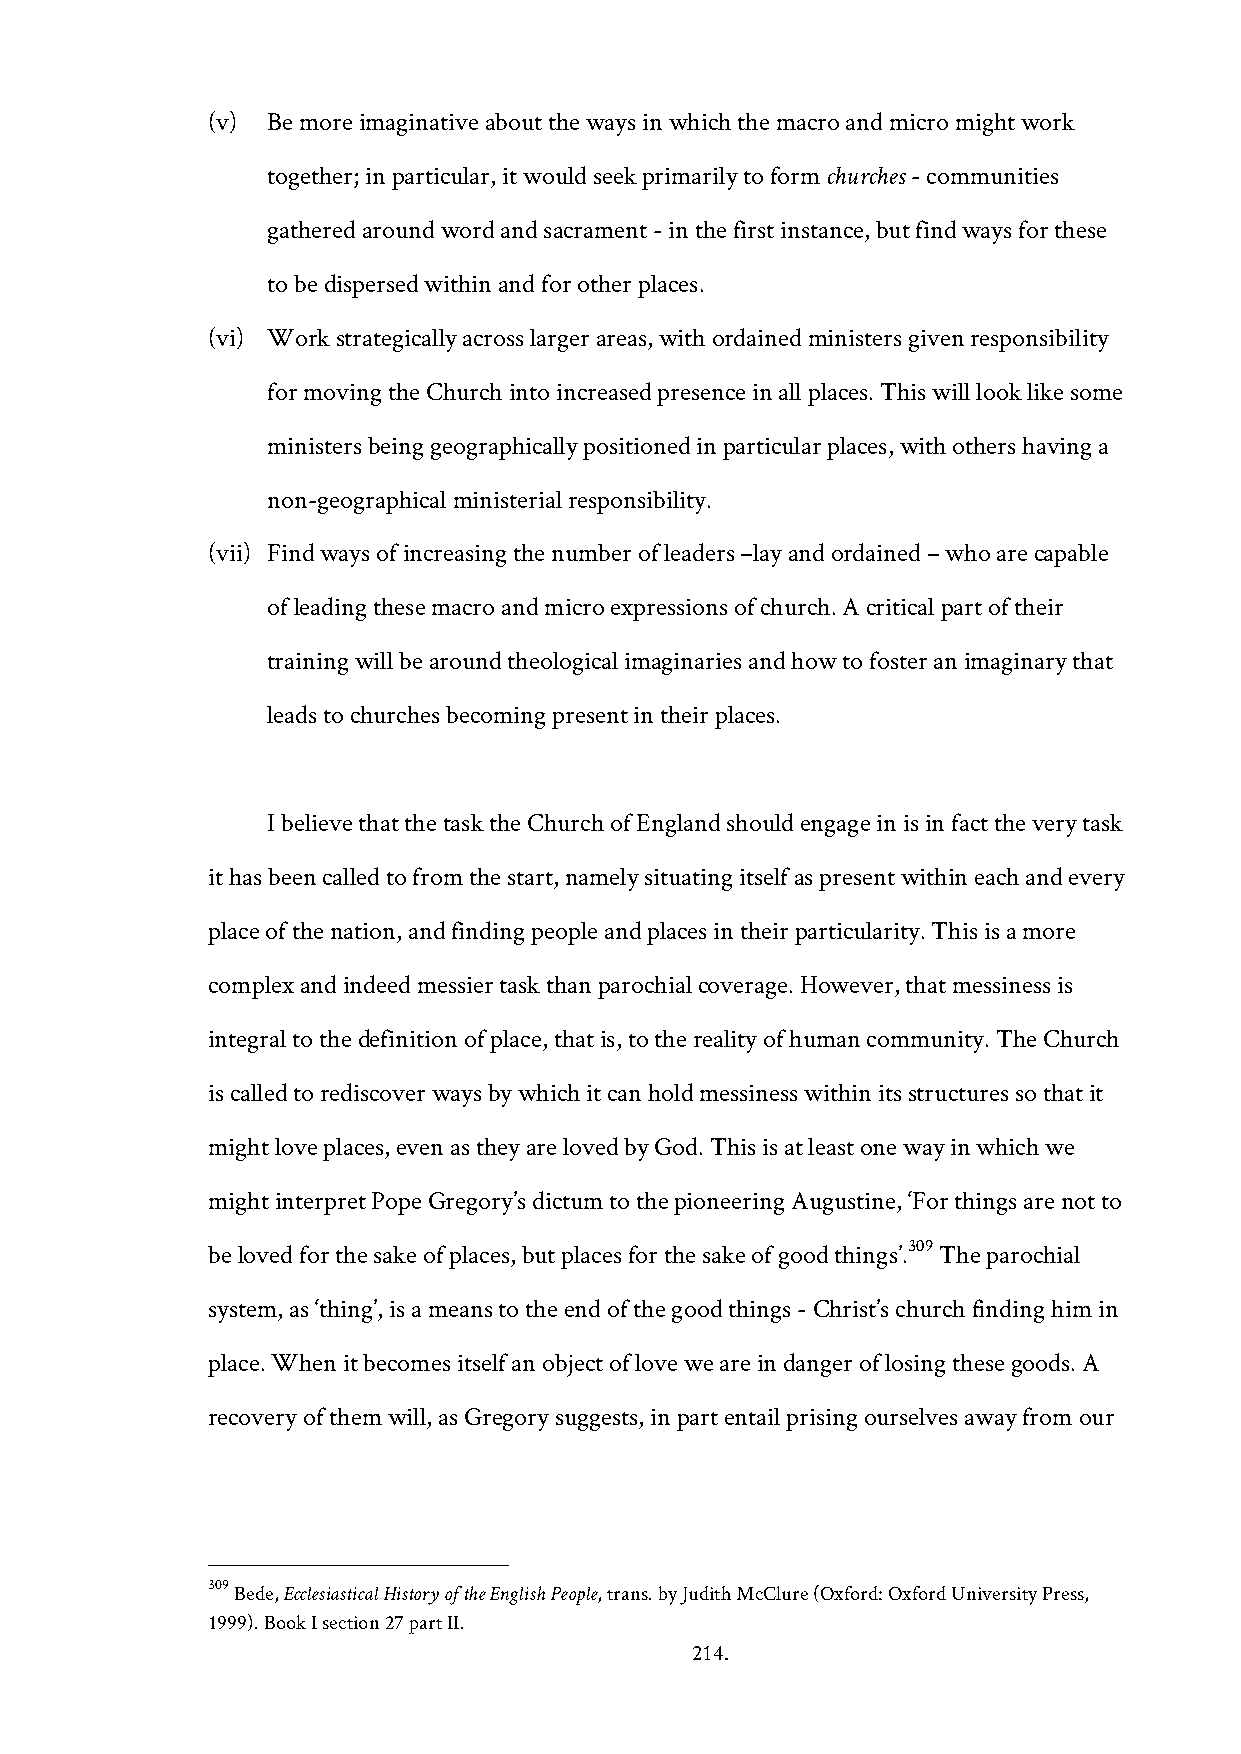
(v) Be more imaginative about the ways in which the macro and micro might work
 together; in particular, it would seek primarily to form churches - communities
 gathered around word and sacrament - in the first instance, but find ways for these
 to be dispersed within and for other places.
 (vi) Work strategically across larger areas, with ordained ministers given responsibility
 for moving the Church into increased presence in all places. This will look like some
 ministers being geographically positioned in particular places, with others having a
 non-geographical ministerial responsibility.
 (vii) Find ways of increasing the number of leaders –lay and ordained – who are capable
 of leading these macro and micro expressions of church. A critical part of their
 training will be around theological imaginaries and how to foster an imaginary that
 leads to churches becoming present in their places.
 I believe that the task the Church of England should engage in is in fact the very task
 it has been called to from the start, namely situating itself as present within each and every
 place of the nation, and finding people and places in their particularity. This is a more
 complex and indeed messier task than parochial coverage. However, that messiness is
 integral to the definition of place, that is, to the reality of human community. The Church
 is called to rediscover ways by which it can hold messiness within its structures so that it
 might love places, even as they are loved by God. This is at least one way in which we
 might interpret Pope Gregory’s dictum to the pioneering Augustine, ‘For things are not to
 309
 be loved for the sake of places, but places for the sake of good things’. The parochial
 system, as ‘thing’, is a means to the end of the good things - Christ’s church finding him in
 place. When it becomes itself an object of love we are in danger of losing these goods. A
 recovery of them will, as Gregory suggests, in part entail prising ourselves away from our
 309 Bede, Ecclesiastical History of the English People, trans. by Judith McClure (Oxford: Oxford University Press,
 1999). Book I section 27 part II.
 214.